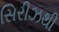
સિરીઝથી